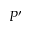
P ^ { \prime }